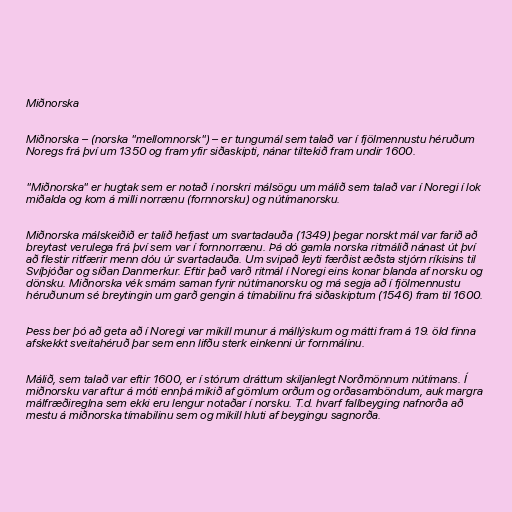
Miðnorska

Miðnorska – (norska "mellomnorsk") – er tungumál sem talað var í fjölmennustu héruðum
Noregs frá því um 1350 og fram yfir siðaskipti, nánar tiltekið fram undir 1600.

"Miðnorska" er hugtak sem er notað í norskri málsögu um málið sem talað var í Noregi í lok
miðalda og kom á milli norrænu (fornnorsku) og nútímanorsku.

Miðnorska málskeiðið er talið hefjast um svartadauða (1349) þegar norskt mál var farið að
breytast verulega frá því sem var í fornnorrænu. Þá dó gamla norska ritmálið nánast út því
að flestir ritfærir menn dóu úr svartadauða. Um svipað leyti færðist æðsta stjórn ríkisins til
Svíþjóðar og síðan Danmerkur. Eftir það varð ritmál í Noregi eins konar blanda af norsku og
dönsku. Miðnorska vék smám saman fyrir nútímanorsku og má segja að í fjölmennustu
héruðunum sé breytingin um garð gengin á tímabilinu frá siðaskiptum (1546) fram til 1600.

Þess ber þó að geta að í Noregi var mikill munur á mállýskum og mátti fram á 19. öld finna
afskekkt sveitahéruð þar sem enn lifðu sterk einkenni úr fornmálinu.

Málið, sem talað var eftir 1600, er í stórum dráttum skiljanlegt Norðmönnum nútímans. Í
miðnorsku var aftur á móti ennþá mikið af gömlum orðum og orðasamböndum, auk margra
málfræðireglna sem ekki eru lengur notaðar í norsku. T.d. hvarf fallbeyging nafnorða að
mestu á miðnorska tímabilinu sem og mikill hluti af beygingu sagnorða.